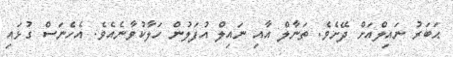
ޙަބަރު ނައިލްއަށް ދޭށެވެ. ތަނާލް އާއި ނައިލް އުފަލުން ހަލާކުވާނެއެވެ. އެހެނަސް ގުޅައި